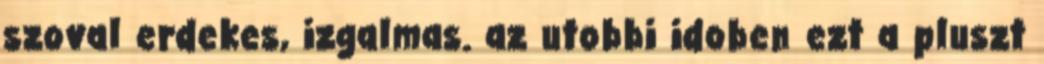
szoval erdekes, izgalmas. az utobbi idoben ezt a pluszt